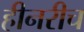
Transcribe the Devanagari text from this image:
हीनरीच